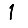
Digit: 1